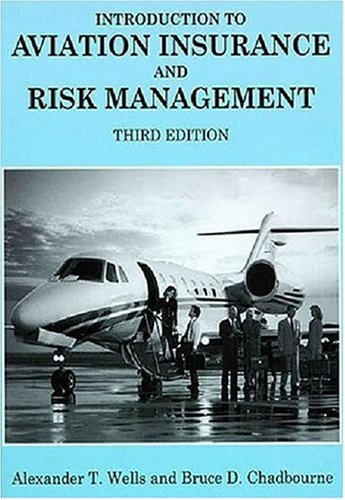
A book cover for Introduction to Aviation Insurance and Risk Management; Alexander T. and Bruce D. Chadbourne Wells; Business & Money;